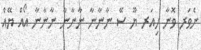
ނެވަރ ވޮނާ ހިއަރ ޔޫ ސޭ ނާނާނާ ނާނާނާ ނާނާނާ އޯއް ޔޭއް